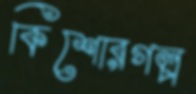
কিশোরগল্প